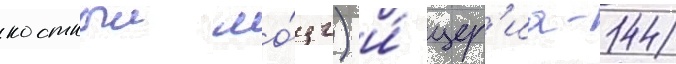
костныи мо́зг) и́ цер'иа-144